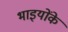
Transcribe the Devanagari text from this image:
भाइयोंके